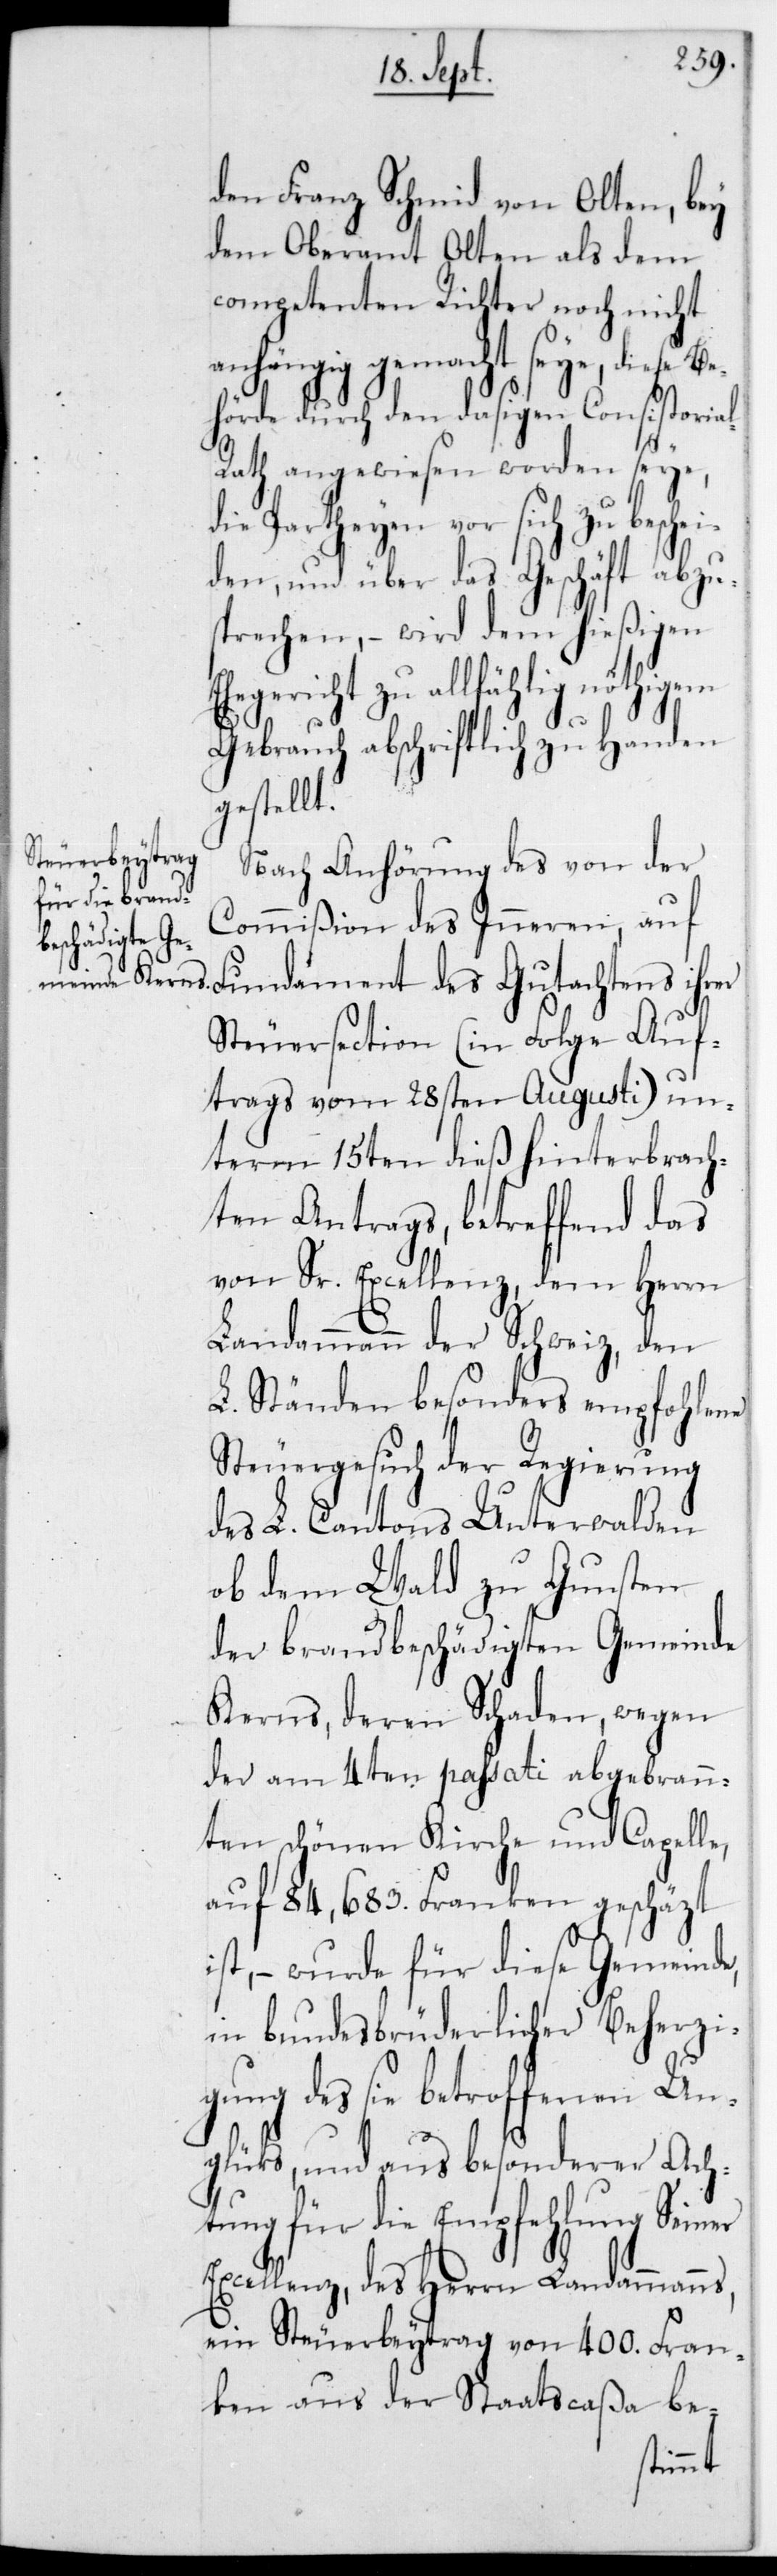
den Franz Schmid von Olten, bey
dem Oberamt Olten als dem
competenten Richter noch nicht
anhängig gemacht seye, diese B¬
ehörde durch den dasigen Consistoria¬
s,
ath angewiesen worden seye,
die Partheyen vor sich zu beschei¬
den, und über das Geschäft abzu¬
sprechen, – wird dem hießigen
Ehegericht zu allfählig nöthigem
Gebrauch abschriftlich zu Handen
gestellt.
Nach Anhörung des von der
Commißion des Inneren, auf
Fundament des Gutachtens ihrer
Steuersection (in Folge Auf¬
trags vom 28sten Augusti) un¬
term 15ten dieß hinterbrach¬
ten Antrags, betreffend das
von Sr. Excellenz,dem Herrn
Landammann der Schweiz, den
L. Ständen besonders empfohlene
Steuergesuch der Regierung
des L. Cantons Unterwalden
ob dem Wald, zu Gunsten
der brandbeschädigten Gemeinde
Kerns, deren Schaden wegen
der am 4ten passati abgebran¬
nten schönen Kirche und Capelle,
auf 84‘683 Franken geschäzt
ist, – wurde für diese Gemeinde,
in bundesbrüderlicher Beherzi¬
gung des sie betroffenen Un¬
glüks, und aus besonderer Ach¬
tung für die Empfehlung Seiner
Excellenz,des Herrn Landammann¬
ein Steuerbeytrag von 400 Fran¬
ken aus der Staatscaßa be-